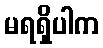
မရရှိပါက